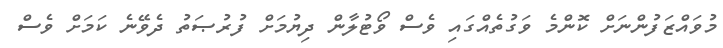
މުވައްޒަފުންނަށް ކޮންމެ ވަގުތެއްގައި ވެސް ވޯޓުލާން ދިޔުމަށް ފުރުޞަތު ދެވޭނެ ކަމަށް ވެސް